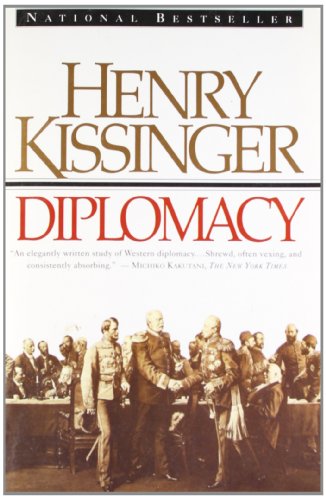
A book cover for Diplomacy (Touchstone Book); Henry Kissinger; Biographies & Memoirs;